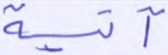
آتية